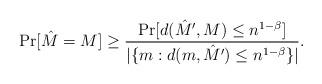
LaTeX: \begin{align*} \Pr[\hat{M} = M] \geq \frac{\Pr[d(\hat{M}',M) \leq n^{1-\beta}]}{|\{m : d(m,\hat{M}') \leq n^{1-\beta}\}|}. \end{align*}